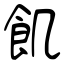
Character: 飢